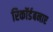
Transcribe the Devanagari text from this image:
रिकॉर्डबनाए